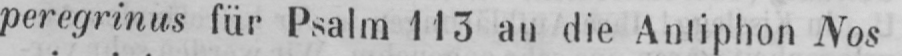
peregrinus für Psalm 113 an die Antiphon Nos